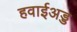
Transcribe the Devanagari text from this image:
हवाईअड्ड